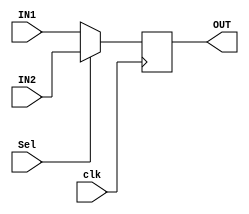
`timescale 1ns / 1ps
//////////////////////////////////////////////////////////////////////////////////
// Company: 
// 
// Design Name: 
// Module Name: MUX
// Project Name: 
// Target Devices: 
// Tool Versions: 
// Description: 
// 
// Dependencies: 
// 
// Revision:
// Revision 0.01 - File Created
// Additional Comments:
// 
//////////////////////////////////////////////////////////////////////////////////


module MUX(
    input clk,
    input [31:0] IN1,
    input [31:0] IN2,
    input Sel,
    output [31:0] OUT
    );
    
    reg [31:0]out;
    assign OUT = out;
    
    always @ (posedge clk) out = Sel?IN2:IN1; 
    
endmodule